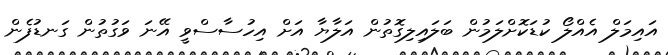
އައިމަލް އެއްލޯ ކުޑަކޮށްލަމުން ބަލައިލިގޮތުން އަލާޔާ އަށް އިހުސާސްވީ އޭނަ ވަގުތުން ގަނޑުފެން